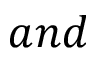
\ a n d